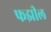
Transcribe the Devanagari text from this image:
फझील